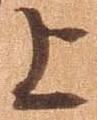
上